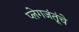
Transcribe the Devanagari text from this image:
प्लेगजंतूंचे